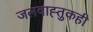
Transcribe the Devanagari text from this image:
जलवाह्तुकही